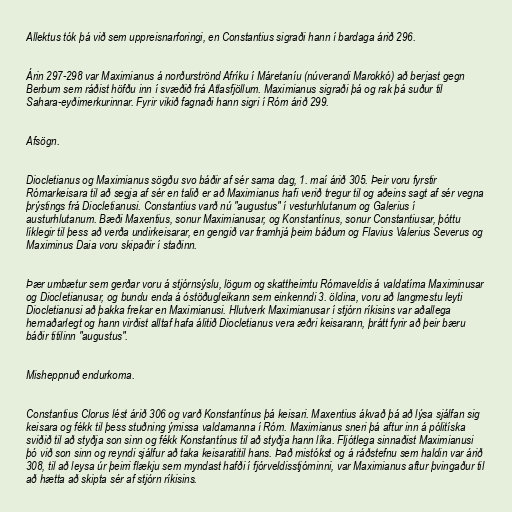
Allektus tók þá við sem uppreisnarforingi, en Constantius sigraði hann í bardaga árið 296.

Árin 297-298 var Maximianus á norðurströnd Afríku í Máretaníu (núverandi Marokkó) að berjast gegn
Berbum sem ráðist höfðu inn í svæðið frá Atlasfjöllum. Maximianus sigraði þá og rak þá suður til
Sahara-eyðimerkurinnar. Fyrir vikið fagnaði hann sigri í Róm árið 299.

Afsögn.

Diocletianus og Maximianus sögðu svo báðir af sér sama dag, 1. maí árið 305. Þeir voru fyrstir
Rómarkeisara til að segja af sér en talið er að Maximianus hafi verið tregur til og aðeins sagt af sér vegna
þrýstings frá Diocletianusi. Constantius varð nú "augustus" í vesturhlutanum og Galerius í
austurhlutanum. Bæði Maxentius, sonur Maximianusar, og Konstantínus, sonur Constantiusar, þóttu
líklegir til þess að verða undirkeisarar, en gengið var framhjá þeim báðum og Flavius Valerius Severus og
Maximinus Daia voru skipaðir í staðinn.

Þær umbætur sem gerðar voru á stjórnsýslu, lögum og skattheimtu Rómaveldis á valdatíma Maximinusar
og Diocletianusar, og bundu enda á óstöðugleikann sem einkenndi 3. öldina, voru að langmestu leyti
Diocletianusi að þakka frekar en Maximianusi. Hlutverk Maximianusar í stjórn ríkisins var aðallega
hernaðarlegt og hann virðist alltaf hafa álitið Diocletianus vera æðri keisarann, þrátt fyrir að þeir bæru
báðir titilinn "augustus".

Misheppnuð endurkoma.

Constantius Clorus lést árið 306 og varð Konstantínus þá keisari. Maxentius ákvað þá að lýsa sjálfan sig
keisara og fékk til þess stuðning ýmissa valdamanna í Róm. Maximianus sneri þá aftur inn á pólitíska
sviðið til að styðja son sinn og fékk Konstantínus til að styðja hann líka. Fljótlega sinnaðist Maximianusi
þó við son sinn og reyndi sjálfur að taka keisaratitil hans. Það mistókst og á ráðstefnu sem haldin var árið
308, til að leysa úr þeirri flækju sem myndast hafði í fjórveldisstjórninni, var Maximianus aftur þvingaður til
að hætta að skipta sér af stjórn ríkisins.